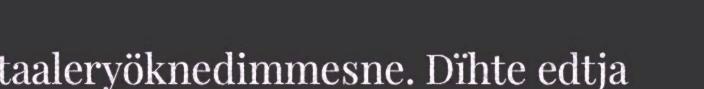
taaleryöknedimmesne. Dïhte edtja